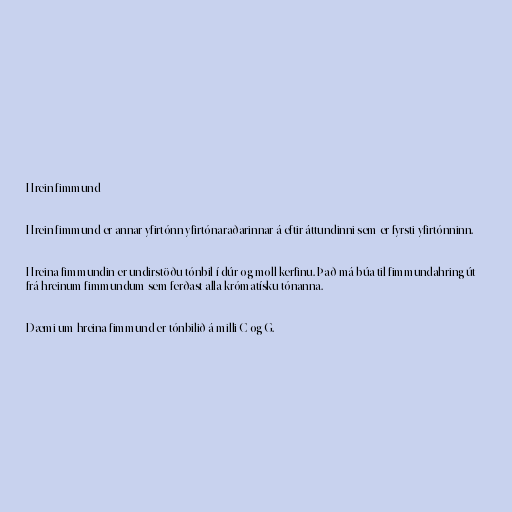
Hrein fimmund

Hrein fimmund er annar yfirtónn yfirtónaraðarinnar á eftir áttundinni sem er fyrsti yfirtónninn.

Hreina fimmundin er undirstöðu tónbil í dúr og moll kerfinu. Það má búa til fimmundahring út
frá hreinum fimmundum sem ferðast alla krómatísku tónanna.

Dæmi um hreina fimmund er tónbilið á milli C og G.